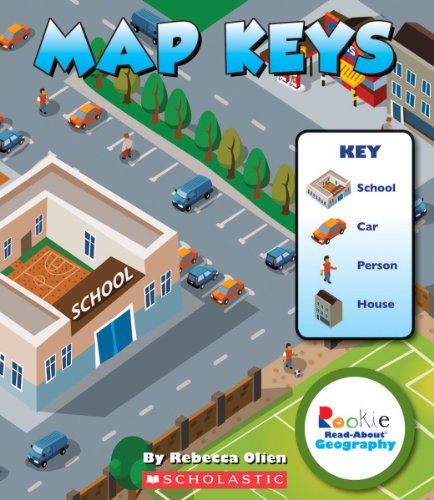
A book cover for Map Keys (Rookie Read-About Geography); Rebecca Olien; Reference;